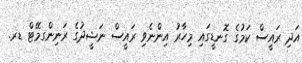
އަދި ރައީސް ކަމުގެ ގޮނޑީގައި މިހާރު އިންނެވި ރައީސް ނަޝީދުގެ ރަނިންގމޭޓް ޑރ.